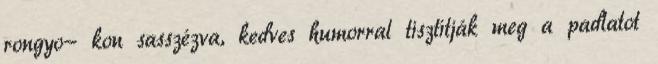
rongyo- kon sasszézva, kedves humorral tisztítják meg a padlatot